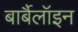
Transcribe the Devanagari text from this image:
बार्बैलॉइन